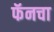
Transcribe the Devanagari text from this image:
फॅनचा